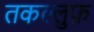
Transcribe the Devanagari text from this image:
तकल्लुफ़